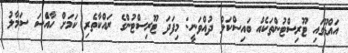
އައްޑޫގައި ޓޫރިސްޓުންތަކެއް ބައިސްކަލް ދުއްވަނީ: މިފަދަ ޓޫރިސްޓުންގެ ރައްކާތެރި ކަމަށް ހާއްެސަ ސަމާލު